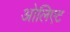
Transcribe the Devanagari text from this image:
ओलिएट